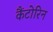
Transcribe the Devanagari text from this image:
कैंटोरिन